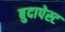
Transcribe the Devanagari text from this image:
बुदापेस्ट